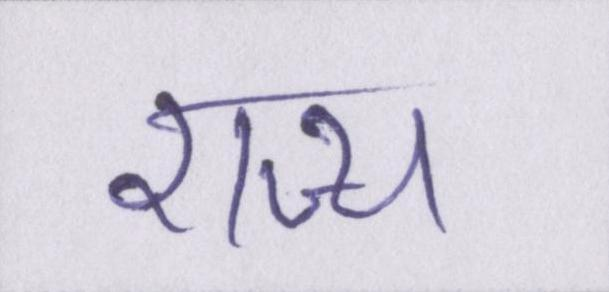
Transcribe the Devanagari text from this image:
राज्य